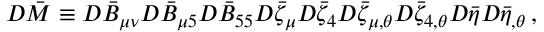
{ \cal D } \bar { \cal M } \equiv { \cal D } \bar { B } _ { \mu \nu } { \cal D } \bar { B } _ { \mu 5 } { \cal D } \bar { B } _ { 5 5 } { \cal D } \bar { \zeta } _ { \mu } { \cal D } \bar { \zeta } _ { 4 } { \cal D } \bar { \zeta } _ { \mu , \theta } { \cal D } \bar { \zeta } _ { 4 , \theta } { \cal D } \bar { \eta } { \cal D } \bar { \eta } _ { , \theta } \, ,